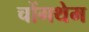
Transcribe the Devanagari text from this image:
चोंगथेम